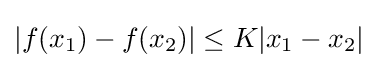
|f(x_{1})-f(x_{2})|\leq K|x_{1}-x_{2}|